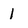
Character: 1